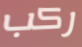
ركب